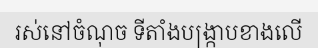
រស់នៅចំណុច ទីតាំងបង្ក្រាបខាងលើ